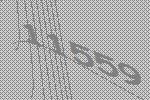
11559